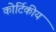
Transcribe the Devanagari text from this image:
कोर्टिकीय